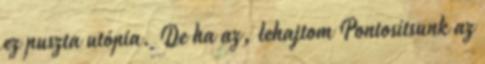
ez puszta utópia. De ha az, lehajtom Pontosítsunk az